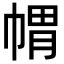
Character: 𭘪